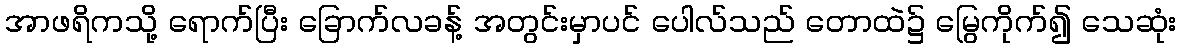
အာဖရိကသို့ ရောက်ပြီး ခြောက်လခန့် အတွင်းမှာပင် ပေါလ်သည် တောထဲ၌ မြွေကိုက်၍ သေဆုံး